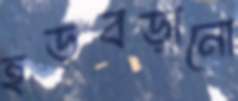
হড়বড়ানো